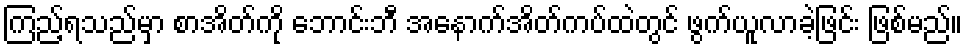
ကြည့်ရသည်မှာ စာအိတ်ကို ဘောင်းဘီ အနောက်အိတ်ကပ်ထဲတွင် ဖွက်ယူလာခဲ့ဖြင်း ဖြစ်မည်။